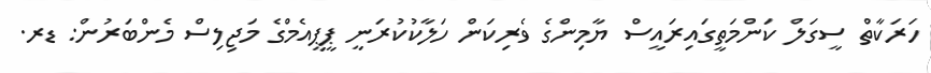
ހަރަކާތް ސީގަލް ކަންމަތީގައިރައީސް ޔާމިންގެ ވެރިކަން ހަލާކުކުރަނީ ޕީޕީއެމްގެ މަޖިލިސް މެންބަރުން: ޑރ.